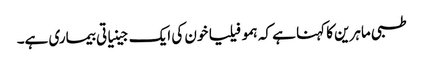
طبی ماہرین کا کہنا ہے کہ ہمو فیلیا خون کی ایک جینیاتی بیماری ہے۔